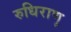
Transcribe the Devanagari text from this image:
रुधिराणु